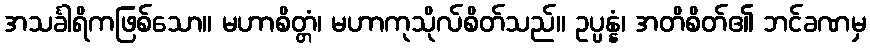
အသင်္ခါရိကဖြစ်သော။ မဟာစိတ္တံ၊ မဟာကုသိုလ်စိတ်သည်။ ဥပ္ပန္နံ၊ အတိစိတ်၏ ဘင်ခဏမှ